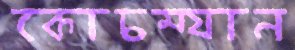
কোচম্যান